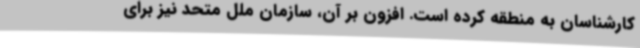
کارشناسان به منطقه کرده است. افزون بر آن، سازمان ملل متحد نیز برای